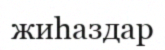
жиһаздар